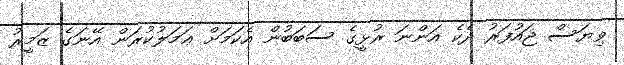
ވިޔަސް ޖައުފަރު ދެކެ އަންނަ ރުޅީގެ ސަބަބުން އެކަމަށް ޢަމަލުކުރަން އޭނަގެ ޒަމީރު